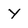
Character: Y